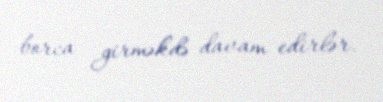
borca girməkdə davam edirlər.